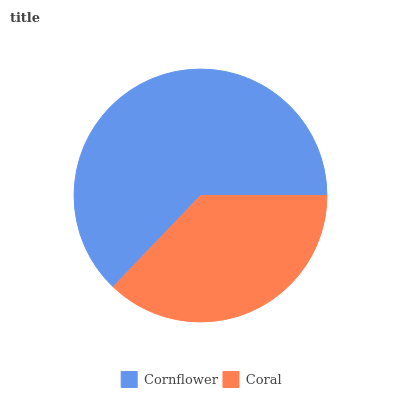
| Cornflower | Coral |
 | --- | --- |
 | 62.9% | 37.1% |